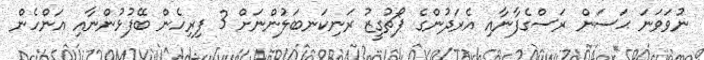
ނުވަވަނަ ޙަސަން ރަސްގެފާނާއި އެރަދުންގެ ޕޯޗުގީޒު ރަނިކަނބަލުންނަށް 3 ފިރިހެން ބޭފުޅުންނާއި އަންހެން